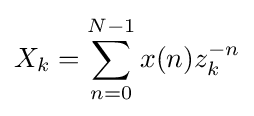
X_{k}=\sum _{n=0}^{N-1}x(n)z_{k}^{-n}